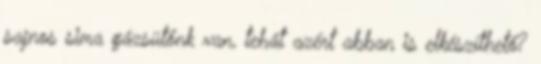
sajnos sima gázsütőnk van, tehát azért abban is elkészíthető?